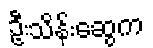
ဦးသိန်းဆွေက